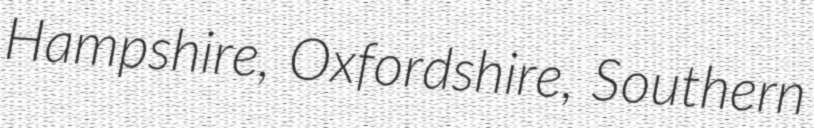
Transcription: Hampshire, Oxfordshire, Southern